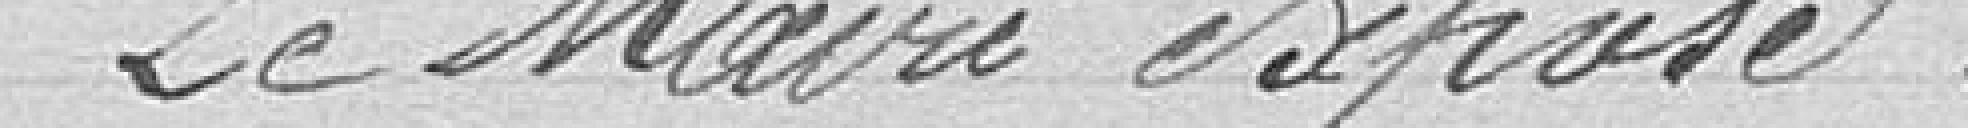
Le Maire expose :